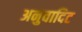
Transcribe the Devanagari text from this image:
अनुवादिट